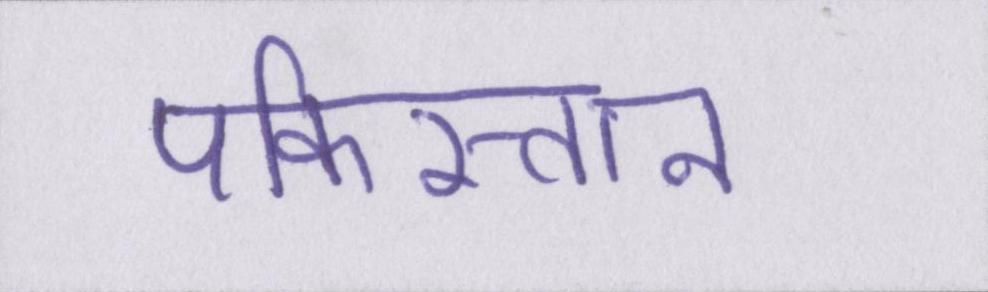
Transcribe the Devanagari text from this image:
पकिस्तान